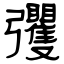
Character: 彏